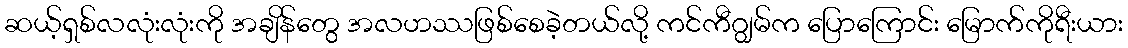
ဆယ့်ရှစ်လလုံးလုံးကို အချိန်တွေ အလဟဿဖြစ်စေခဲ့တယ်လို့ ကင်ကီဂျွမ်က ပြောကြောင်း မြောက်ကိုရီးယား